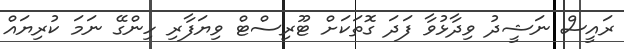
ރައީސް ނަޝީދު ވިދާޅުވާ ފަދަ ގޮތަކަށް ޓޫރިސްޓް ވިޔަފާރި ހިންގޭ ނަމަ ކުރިޔައް